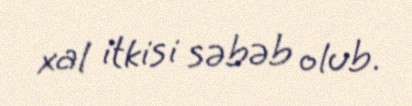
xal itkisi səbəb olub.